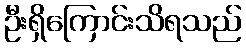
ဦးရှိကြောင်းသိရသည်